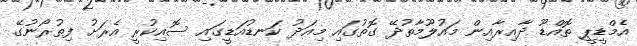
އެމްޑީޕީ ތޮއްޑޫ ދާއިރާއިން މައުލޫމާތުދޭ ގޮތުގައި މިއަދު ކަނޑުއަޑީގައި ސޮއިކުރީ އެރަށު ފިތުރޯނުގޭ